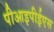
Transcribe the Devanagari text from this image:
पीआइपीईएस